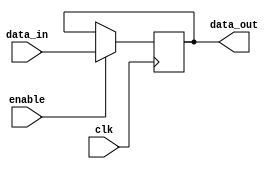
`timescale 1ns / 1ps
//////////////////////////////////////////////////////////////////////////////////
// Company: 
// Engineer: 
// 
// Design Name: 
// Module Name: registro
// Project Name: 
// Target Devices: 
// Tool Versions: 
// Description: 
// 
// Dependencies: 
// 
// Revision:
// Revision 0.01 - File Created
// Additional Comments:
// 
//////////////////////////////////////////////////////////////////////////////////


module registro(
    input [9:0] data_in,
    input enable,
    input clk,
    output reg[9:0] data_out
    );
    initial data_out = 0;
    
    always @(posedge clk)
    if (enable == 1)
        data_out = data_in;
    else
        data_out = data_out;
endmodule